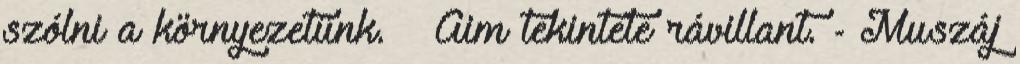
szólni a környezetünk. – Aim tekintete rávillant. - Muszáj